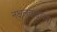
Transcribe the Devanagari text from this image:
नक्षलवादाच्या